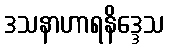
ဒသနာဟာရနိဒ္ဒေသ